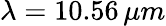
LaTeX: \lambda=10.56\, \mu m